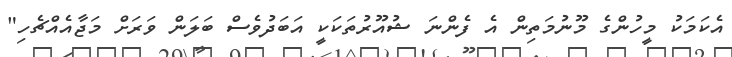
އެކަމަކު މީހުންގެ މޫނުމަތިން އެ ފެންނަ ޝުއޫރުތަކަކީ އަބަދުވެސް ބަލަން ވަރަށް މަޖާއެއްޗެހި"